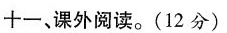
十一、课外阅读。(12分)